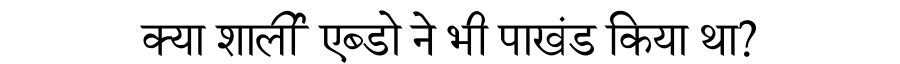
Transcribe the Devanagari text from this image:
क्या शार्ली एब्डो ने भी पाखंड किया था?